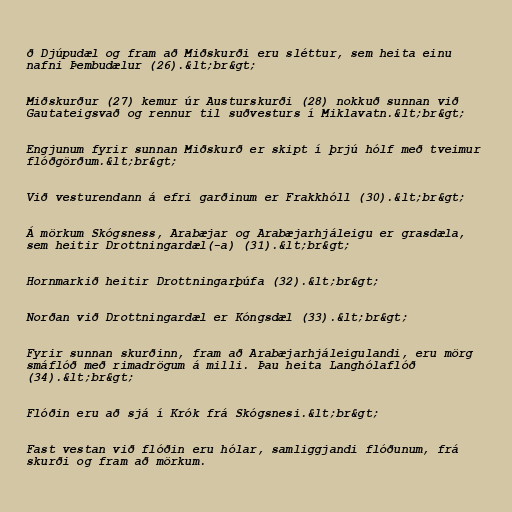
ð Djúpudæl og fram að Miðskurði eru sléttur, sem heita einu
nafni Þembudælur (26).&lt;br&gt;

Miðskurður (27) kemur úr Austurskurði (28) nokkuð sunnan við
Gautateigsvað og rennur til suðvesturs í Miklavatn.&lt;br&gt;

Engjunum fyrir sunnan Miðskurð er skipt í þrjú hólf með tveimur
flóðgörðum.&lt;br&gt;

Við vesturendann á efri garðinum er Frakkhóll (30).&lt;br&gt;

Á mörkum Skógsness, Arabæjar og Arabæjarhjáleigu er grasdæla,
sem heitir Drottningardæl(-a) (31).&lt;br&gt;

Hornmarkið heitir Drottningarþúfa (32).&lt;br&gt;

Norðan við Drottningardæl er Kóngsdæl (33).&lt;br&gt;

Fyrir sunnan skurðinn, fram að Arabæjarhjáleigulandi, eru mörg
smáflóð með rimadrögum á milli. Þau heita Langhólaflóð
(34).&lt;br&gt;

Flóðin eru að sjá í Krók frá Skógsnesi.&lt;br&gt;

Fast vestan við flóðin eru hólar, samliggjandi flóðunum, frá
skurði og fram að mörkum.